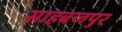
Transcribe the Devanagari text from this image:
साहबजपुर